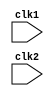
module pipe_MIPS(
    clk1, clk2
);

input clk1, clk2; // A dual phase shifted clock design of pipeline is used

//IF (Instruction fetch) and ID latches.
reg [31:0] PC, IF_ID_IR, IF_ID_NPC;

//ID(Instruction Decode) and EX(Execution) latches(register).
reg [31:0] ID_EX_IR, ID_EX_NPC, ID_EX_A, ID_EX_B, ID_EX_Imm;

//Type of Instruction
//types: R-R, R-Imm, Load, Branch.
reg [2:0] ID_EX_type, EX_MEM_type, MEM_WB_type;

//EX and MEM(Memory access/Branch completion) latches.
reg [31:0] EX_MEM_IR, EX_MEM_ALUout, EX_MEM_B;
reg EX_MEM_Cond;    //Condition for branching

// MEM and WB(Register Write Back) latches.
reg [31:0]  MEM_WB_IR, MEM_WB_LMD, MEM_WB_ALUout;

reg [31:0] Reg [0:31];    //Register bank (32 x 32 bits)
reg [31:0] Mem [0:1023];  //1024 x 32 bits memory

// The op-code (6-bit) declaration
parameter ADD = 6'b000000,
          SUB = 6'b000001,
          AND = 6'b000010,
          OR  = 6'b000011,
          SLT = 6'b000100,
          MUL = 6'b000101,
          HLT = 6'b111111,
          LW  = 6'b001000,
          SW  = 6'b001001,
          ADDI= 6'b001010,
          SUBI= 6'b001011,
          SLTI= 6'b001100,
          BNEQZ = 6'b001101,
          BEQZ  = 6'b001110;

//Instruction type
parameter RR_ALU = 3'b000,
          RM_ALU = 3'b001,
          LOAD   = 3'b010,
          STORE  = 3'b011,
          BRANCH = 3'b100,
          HALT   = 3'b101;

reg HALTED; // Set after HLT instruction completes WB stage

reg BRANCH_TAKEN; //Required to disable instructions after branch

//Stages of the pipeline:
// IF stage

always @(posedge clk1)
begin
    if (HALTED == 0)
    begin
        if (((EX_MEM_IR[31:26] == BEQZ) && (EX_MEM_Cond == 1)) || 
             ((EX_MEM_IR[31:26] == BNEQZ) && (EX_MEM_Cond == 0)))
            begin
                IF_ID_IR     <= #2 Mem[EX_MEM_ALUout];
                BRANCH_TAKEN <= #2 1'b1;
                IF_ID_NPC    <= #2 EX_MEM_ALUout + 1;
                PC           <= #2 EX_MEM_ALUout + 1;
            end
        else
        begin
            IF_ID_IR  <= #2 Mem[PC];
            IF_ID_NPC <= #2 PC + 1;
            PC        <= #2 PC + 1;
        end
    end
end

// ID stage
always @(posedge clk2)
begin
    if (HALTED == 0)
        begin
            if (IF_ID_IR[25:21] == 5'b00000) ID_EX_A <= 0;
            else
                ID_EX_A <= #2 Reg[IF_ID_IR[25:21]];  // rs

            if (IF_ID_IR[20:16] == 5'b00000) ID_EX_B <= 0;
            else
                ID_EX_B <= #2 Reg[IF_ID_IR[20:16]];  // rt

            ID_EX_NPC <= #2 IF_ID_NPC;
            ID_EX_IR  <= #2 IF_ID_IR;
            ID_EX_Imm <= #2 {{16{IF_ID_IR[15]}},{IF_ID_IR[15:0]}};

          case(IF_ID_IR[31:26])
            ADD,SUB,AND,OR,SLT,MUL : ID_EX_type <= #2 RR_ALU;
            ADDI,SUBI,SLTI         : ID_EX_type <= #2 RM_ALU;
            LW                     : ID_EX_type <= #2 LOAD;
            SW                     : ID_EX_type <= #2 STORE;
            BNEQZ,BEQZ             : ID_EX_type <= #2 BRANCH;
            HLT                    : ID_EX_type <= #2 HALT;
            default                : ID_EX_type <= #2 HALT;  //invalid opcode
          endcase
        end
end

// EX stage
always @(posedge clk1)
begin
   if (HALTED == 0)
    begin
        EX_MEM_type  <= #2 ID_EX_type;
        EX_MEM_IR    <= #2 ID_EX_IR;
        BRANCH_TAKEN <= 0;

        case (ID_EX_type)
            RR_ALU: begin
                      case (ID_EX_IR[31:26])
                        ADD  : EX_MEM_ALUout <= #2 ID_EX_A + ID_EX_B;
                        SUB  : EX_MEM_ALUout <= #2 ID_EX_A - ID_EX_B;
                        AND  : EX_MEM_ALUout <= #2 ID_EX_A & ID_EX_B;
                        OR   : EX_MEM_ALUout <= #2 ID_EX_A | ID_EX_B;
                        SLT  : EX_MEM_ALUout <= #2 ID_EX_A < ID_EX_B;
                        MUL  : EX_MEM_ALUout <= #2 ID_EX_A * ID_EX_B;
                          default: EX_MEM_ALUout <= #2 32'hxxxxxxxx;
                      endcase
                    end  
            RM_ALU: begin
                      case (ID_EX_IR[31:26])
                        ADDI  : EX_MEM_ALUout <= #2 ID_EX_A + ID_EX_Imm;
                        SUBI  : EX_MEM_ALUout <= #2 ID_EX_A - ID_EX_Imm;
                        SLTI  : EX_MEM_ALUout <= #2 ID_EX_A < ID_EX_Imm;
                        default: EX_MEM_ALUout <= #2 32'hxxxxxxxx;
                      endcase
                    end 
            LOAD,STORE: begin
                          EX_MEM_ALUout <= #2 ID_EX_A + ID_EX_Imm;
                          EX_MEM_B      <= #2 ID_EX_B;
                        end
            BRANCH: begin
                      EX_MEM_ALUout <= #2 ID_EX_NPC + ID_EX_Imm;
                      EX_MEM_Cond   <= #2 (ID_EX_A == 0);
                    end                
        endcase
    end
end

// MEM stage
always @(posedge clk2)
begin
    if(HALTED==0)
    begin
        MEM_WB_IR <= #2 EX_MEM_IR;
        MEM_WB_type <= #2 EX_MEM_type;

        case (EX_MEM_type)
          RR_ALU,RM_ALU  : MEM_WB_ALUout <= #2 EX_MEM_ALUout;

          LOAD : #2 MEM_WB_LMD <= #2 Mem[EX_MEM_ALUout];

          STORE : if (BRANCH_TAKEN == 0)
                    Mem[EX_MEM_ALUout] <= #2 EX_MEM_B;
        endcase
    end
end

//WB stage
always @(posedge clk1)
begin
    if(BRANCH_TAKEN == 0)
    begin
        case (MEM_WB_type)
          RR_ALU  : Reg[MEM_WB_IR[15:11]] <= #2 MEM_WB_ALUout; //rd
          RM_ALU  : Reg[MEM_WB_IR[20:16]] <= #2 MEM_WB_ALUout; //rt
          LOAD    : Reg[MEM_WB_IR[20:16]] <= #2 MEM_WB_LMD;    //rt
          HALT    : HALTED <= #2 1'b1;
        endcase
    end
end

endmodule